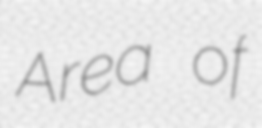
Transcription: Area of